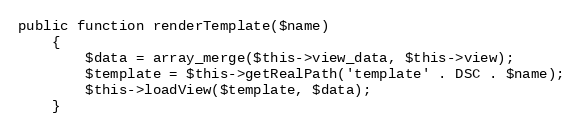
Language: PHP
public function renderTemplate($name)
    {
        $data = array_merge($this->view_data, $this->view);
        $template = $this->getRealPath('template' . DSC . $name);
        $this->loadView($template, $data);
    }